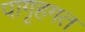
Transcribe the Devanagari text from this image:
पागृहगत